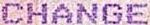
CHANGE